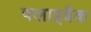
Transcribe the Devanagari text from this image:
फ्लाइबैक